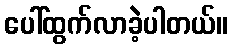
ပေါ်ထွက်လာခဲ့ပါတယ်။